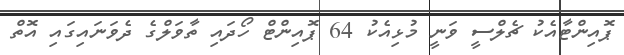
ޕޮއިންޓާއެކު ޗެލްސީ ވަނީ މުޅިއެކު 64 ޕޮއިންޓް ހޯދައި ތާވަލްގެ ދެވަނައިގައި އޮތް